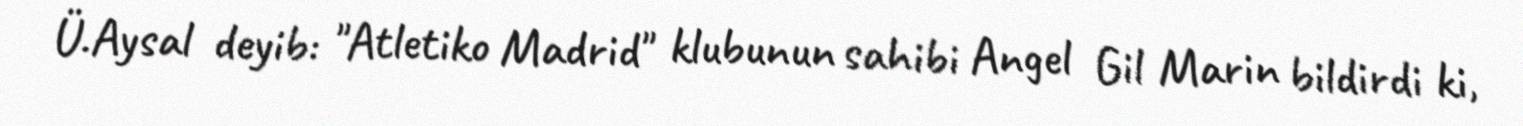
Ü.Aysal deyib: "Atletiko Madrid" klubunun sahibi Angel Gil Marin bildirdi ki,